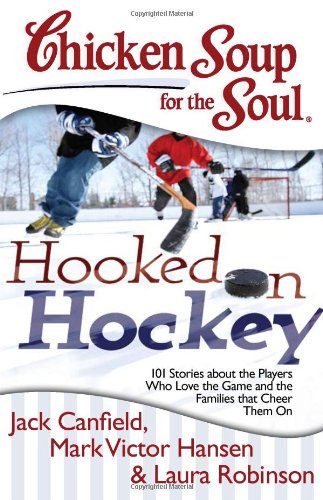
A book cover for Chicken Soup for the Soul: Hooked on Hockey: 101 Stories about the Players Who Love the Game and the Families that Cheer Them On; Jack Canfield; Sports & Outdoors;